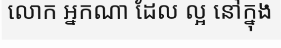
លោក អ្នកណា ដែល ល្អ នៅក្នុង